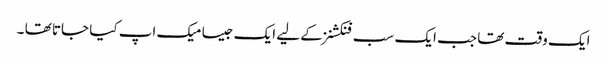
ایک وقت تھا جب ایک سب فنکشنز کے لیے ایک جیسا میک اپ کیا جاتا تھا ۔